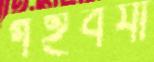
গইবর্যা